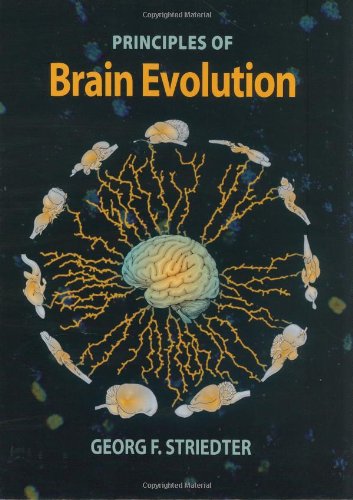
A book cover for Principles of Brain Evolution; Georg F. Striedter; Politics & Social Sciences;